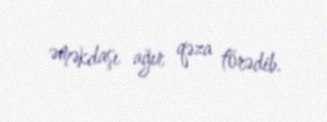
əməkdaşı ağır qəza törədib.